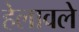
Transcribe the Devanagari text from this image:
हेलावले